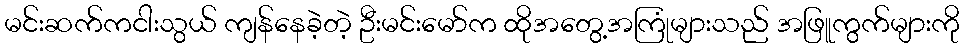
မင်းဆက်ကငါးသွယ် ကျန်နေခဲ့တဲ့ ဦးမင်းမော်က ထိုအတွေ့အကြုံများသည် အဖြူကွက်များကို